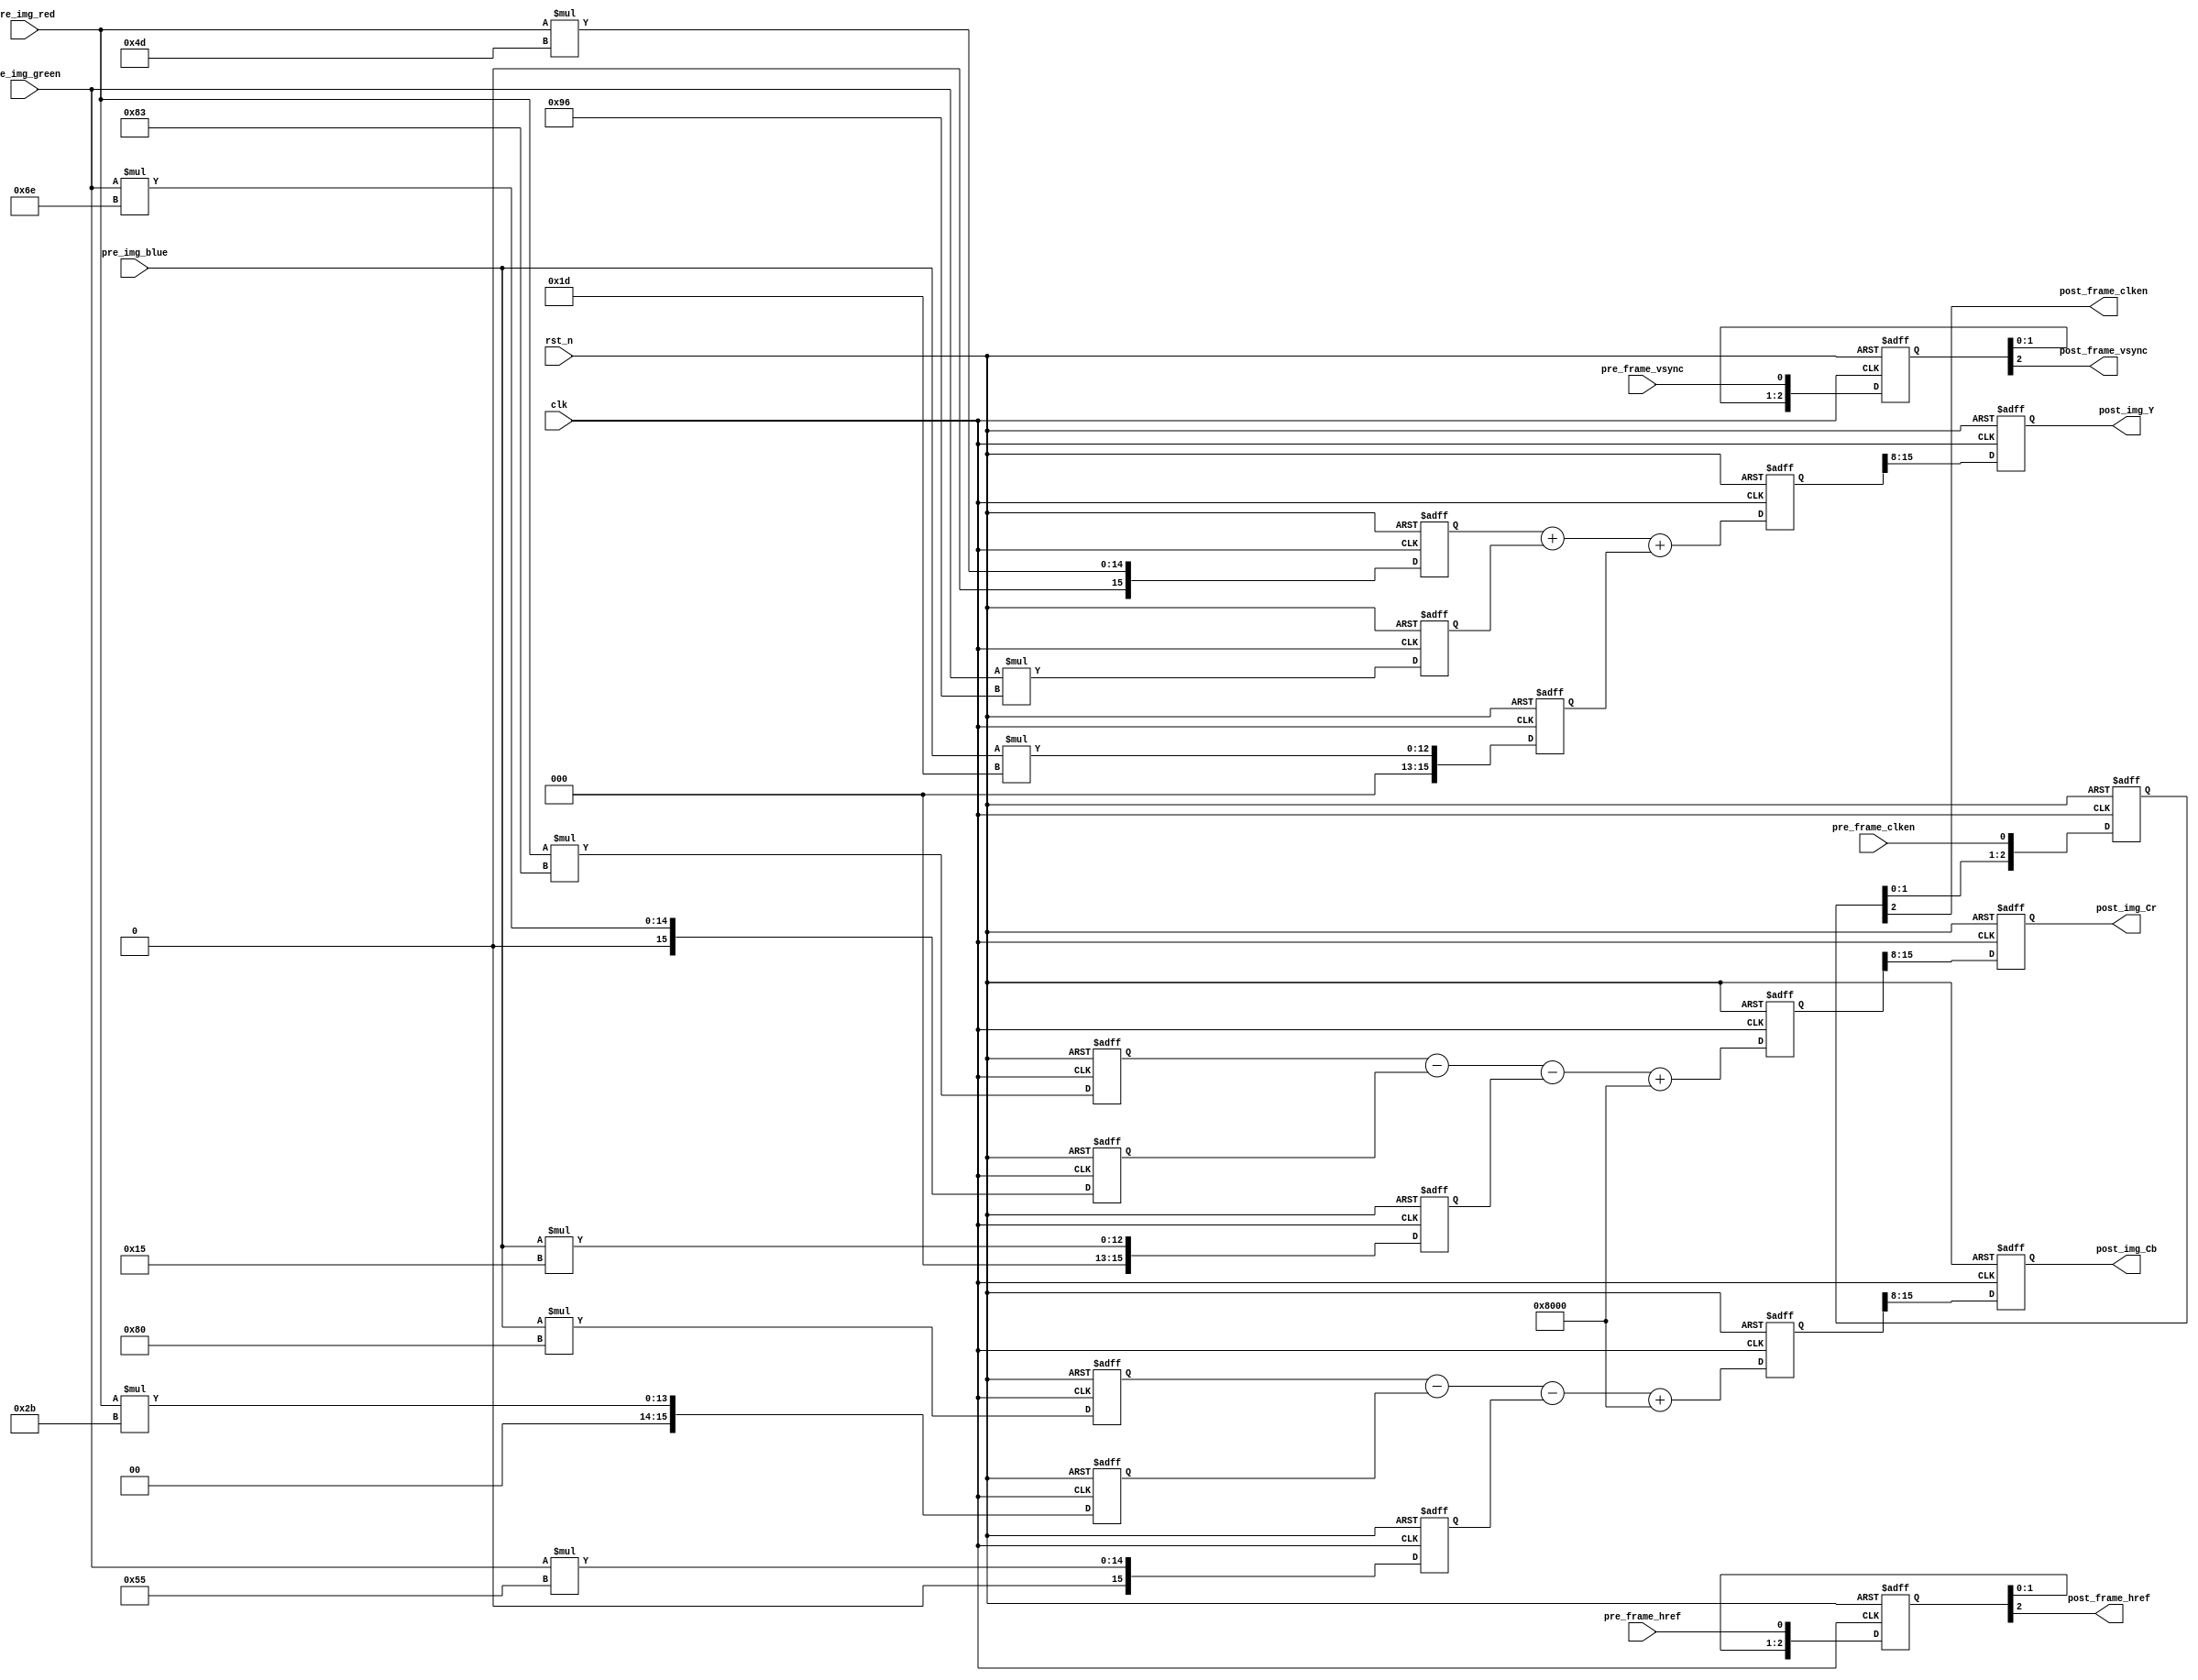
module VIP_RGB888_YCbCr444
(
	//global clock
	input				clk,  				//cmos video pixel clock
	input				rst_n,				//global reset

	//Image data prepred to be processd
	input				pre_frame_vsync,	//Prepared Image data vsync valid signal
	input				pre_frame_href,		//Prepared Image data href vaild  signal
	input				pre_frame_clken,	//Prepared Image data output/capture enable clock	
	input		[7:0]	pre_img_red,		//Prepared Image red data to be processed
	input		[7:0]	pre_img_green,		//Prepared Image green data to be processed
	input		[7:0]	pre_img_blue,		//Prepared Image blue data to be processed
	
	//Image data has been processd
	output				post_frame_vsync,	//Processed Image data vsync valid signal
	output				post_frame_href,	//Processed Image data href vaild  signal
	output				post_frame_clken,	//Processed Image data output/capture enable clock	
	output		[7:0]	post_img_Y,			//Processed Image brightness output
	output		[7:0]	post_img_Cb,		//Processed Image blue shading output
	output		[7:0]	post_img_Cr			//Processed Image red shading output
);

//--------------------------------------------
/*********************************************
//Refer to <OV7725 Camera Module Software Applicaton Note> page 5
	Y 	=	(77 *R 	+ 	150*G 	+ 	29 *B)>>8
	Cb 	=	(-43*R	- 	85 *G	+ 	128*B)>>8 + 128
	Cr 	=	(131*R 	-	110*G  	-	21 *B)>>8 + 128
	Cr0(i, j) = 0.511*R(i, j) - 0.428*G(i, j) - 0.083*B(i, j) + 128;
--->
	Y 	=	(77 *R 	+ 	150*G 	+ 	29 *B)>>8
	Cb 	=	(-43*R	- 	85 *G	+ 	128*B + 32768)>>8
	Cr 	=	(128*R 	-	107*G  	-	21 *B + 32768)>>8
**********************************************/
//Step 1
reg	[15:0]	img_red_r0,		img_red_r1,		img_red_r2;	
reg	[15:0]	img_green_r0,	img_green_r1,	img_green_r2; 
reg	[15:0]	img_blue_r0,	img_blue_r1,	img_blue_r2; 
always@(posedge clk or negedge rst_n)
begin
	if(!rst_n)
		begin
		img_red_r0		<=	0; 		
		img_red_r1		<=	0; 		
		img_red_r2		<=	0; 	
		img_green_r0	<=	0; 		
		img_green_r1	<=	0; 		
		img_green_r2	<=	0; 	
		img_blue_r0		<=	0; 		
		img_blue_r1		<=	0; 		
		img_blue_r2		<=	0; 			
		end
	else
		begin
		img_red_r0		<=	pre_img_red 	* 	8'd77; 		
		img_red_r1		<=	pre_img_red 	* 	8'd43; 	
		img_red_r2		<=	pre_img_red 	* 	8'd131; 		
		img_green_r0	<=	pre_img_green 	* 	8'd150; 		
		img_green_r1	<=	pre_img_green 	* 	8'd85; 			
		img_green_r2	<=	pre_img_green 	* 	8'd110; 
		img_blue_r0		<=	pre_img_blue 	* 	8'd29; 		
		img_blue_r1		<=	pre_img_blue 	* 	8'd128; 			
		img_blue_r2		<=	pre_img_blue 	* 	8'd21; 		
		end
end

//--------------------------------------------------
//Step 2
reg	[15:0]	img_Y_r0;	
reg	[15:0]	img_Cb_r0; 
reg	[15:0]	img_Cr_r0; 
always@(posedge clk or negedge rst_n)
begin
	if(!rst_n)
		begin
		img_Y_r0	<=	0; 		
		img_Cb_r0	<=	0; 		
		img_Cr_r0	<=	0; 	
		end
	else
		begin
		img_Y_r0	<=	img_red_r0 	+ 	img_green_r0 	+ 	img_blue_r0; 		
		img_Cb_r0	<=	img_blue_r1 - 	img_red_r1 		- 	img_green_r1	+	16'd32768; 		
		img_Cr_r0	<=	img_red_r2 	- 	img_green_r2 	- 	img_blue_r2		+	16'd32768; 		
		end
end

//--------------------------------------------------
//Step 3
reg	[7:0]	img_Y_r1;	
reg	[7:0]	img_Cb_r1; 
reg	[7:0]	img_Cr_r1; 
always@(posedge clk or negedge rst_n)
begin
	if(!rst_n)
		begin
		img_Y_r1	<=	0; 		
		img_Cb_r1	<=	0; 		
		img_Cr_r1	<=	0; 	
		end
	else
		begin
		img_Y_r1	<=	img_Y_r0[15:8];
		img_Cb_r1	<=	img_Cb_r0[15:8];
		img_Cr_r1	<=	img_Cr_r0[15:8]; 
		end
end



//------------------------------------------
//lag 3 clocks signal sync  
reg	[2:0]	pre_frame_vsync_r;
reg	[2:0]	pre_frame_href_r;	
reg	[2:0]	pre_frame_clken_r;
always@(posedge clk or negedge rst_n)
begin
	if(!rst_n)
		begin
		pre_frame_vsync_r <= 0;
		pre_frame_href_r <= 0;
		pre_frame_clken_r <= 0;
		end
	else
		begin
		pre_frame_vsync_r 	<= 	{pre_frame_vsync_r[1:0], 	pre_frame_vsync	};
		pre_frame_href_r 	<= 	{pre_frame_href_r[1:0], 	pre_frame_href	};
		pre_frame_clken_r 	<= 	{pre_frame_clken_r[1:0], 	pre_frame_clken	};
		end
end
assign	post_frame_vsync 	= 	pre_frame_vsync_r[2];
assign	post_frame_href 	= 	pre_frame_href_r[2];
assign	post_frame_clken 	= 	pre_frame_clken_r[2];
assign	post_img_Y 			= 	img_Y_r1 ;
assign	post_img_Cb			=	img_Cb_r1;
assign	post_img_Cr			= 	img_Cr_r1;

endmodule